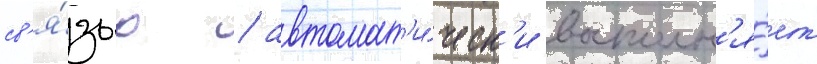
св'я́зью / автомат'и́ческ'и восполн'я́ет